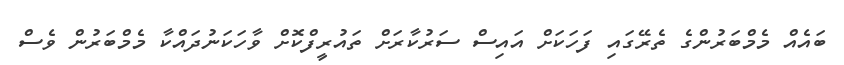
ބައެއް މެމްބަރުންގެ ތެރޭގައި ފަހަކަށް އައިސް ސަރުކާރަށް ތައުރީފްކޮށް ވާހަކަނުދައްކާ މެމްބަރުން ވެސް